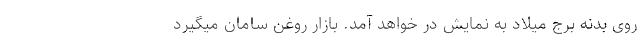
روی بدنه برج میلاد به نمایش در خواهد آمد. بازار روغن سامان میگیرد